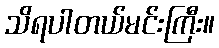
သိရပါတယ်မင်းကြီး။